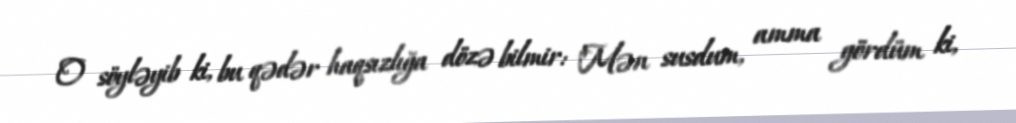
O söyləyib ki, bu qədər haqsızlığa dözə bilmir: "Mən susdum, amma gördüm ki,